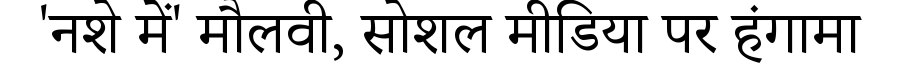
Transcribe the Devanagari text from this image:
'नशे में' मौलवी, सोशल मीडिया पर हंगामा